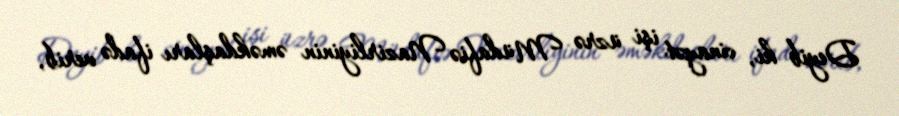
Deyib ki, cinayət işi üzrə Müdafiə Nazirliyinin əməkdaşları ifadə verib,